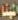
الهنا